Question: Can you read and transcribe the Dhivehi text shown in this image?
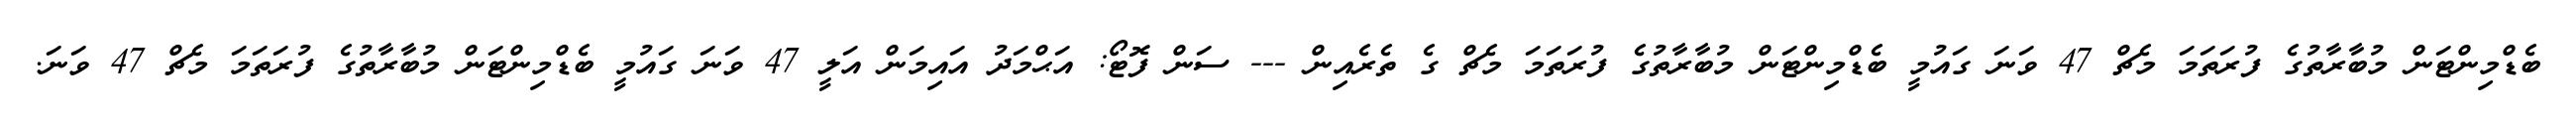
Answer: ބެޑްމިންޓަން މުބާރާތުގެ ފުރަތަމަ މެޗް 47 ވަނަ ގައުމީ ބެޑްމިންޓަން މުބާރާތުގެ ފުރަތަމަ މެޗް ގެ ތެރެއިން --- ސަން ފޮޓޯ: އަޙްމަދު އައިމަން އަލީ 47 ވަނަ ގައުމީ ބެޑްމިންޓަން މުބާރާތުގެ ފުރަތަމަ މެޗް 47 ވަނަ.